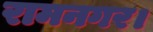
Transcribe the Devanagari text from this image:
रामनगर।